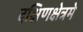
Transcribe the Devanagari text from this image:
दक्षिणक्षेत्रमे